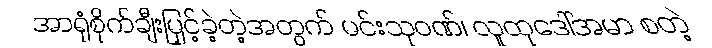
အာရုံစိုက်ချီးမြှင့်ခဲ့တဲ့အတွက် မင်းသုဝဏ်၊ လူထုဒေါ်အမာ စတဲ့